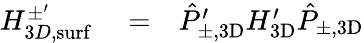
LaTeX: \begin{array}{rlr}{H_{3D,\mathrm{surf}}^{\pm^{\prime}}}&{{}=}&{\hat{P}_{\pm,\mathrm{3D}}^{\prime}H_{\mathrm{3D}}^{\prime}\hat{P}_{\pm,\mathrm{3D}}}\end{array}